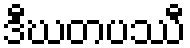
ဒီဃတပဿီ